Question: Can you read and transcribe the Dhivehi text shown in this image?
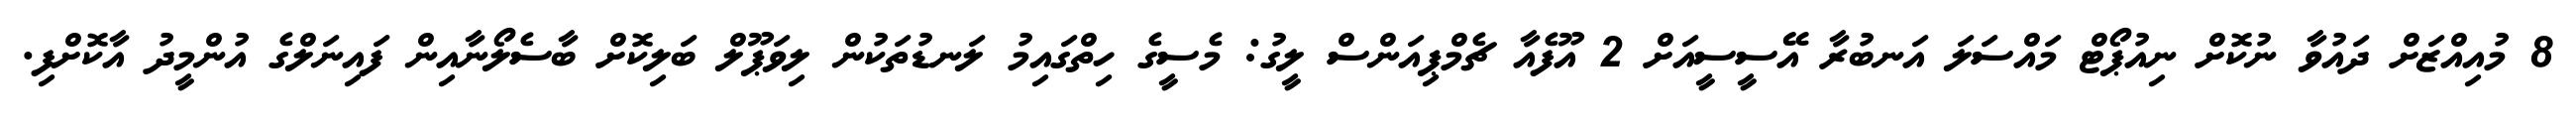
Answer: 8 މުއިއްޒަށް ދައުވާ ނުކޮށް ނިއުޕޯޓް މައްސަލަ އަނބުރާ އޭސީސީއަށް 2 އޫފެއާ ޗެމްޕިއަންސް ލީގު: މެސީގެ ހިތްގައިމު ލަނޑުތަކުން ލިވަޕޫލް ބަލިކޮށް ބާސެލޯނާއިން ފައިނަލްގެ އުންމީދު އާކޮށްފި.